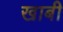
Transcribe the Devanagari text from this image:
खाबी